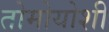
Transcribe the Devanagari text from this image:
तोमोयोशी